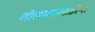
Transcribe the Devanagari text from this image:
गोलमालकारिणी